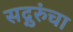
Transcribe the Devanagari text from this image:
सद्गुरुंचा